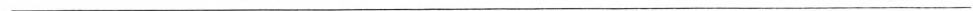
___